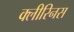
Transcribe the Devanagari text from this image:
क्लीरिनस